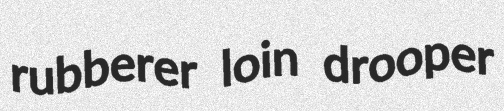
rubberer loin drooper